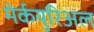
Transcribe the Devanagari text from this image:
मेर्कयुरिअल